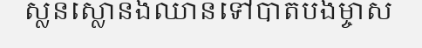
ស្លន់ស្លោនិងឈានទៅបាត់បង់ម្ចាស់